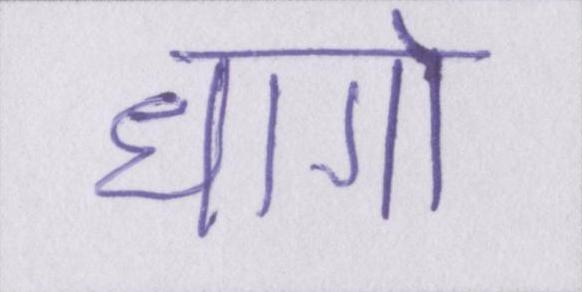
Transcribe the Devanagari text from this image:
धागो